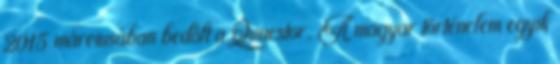
2015 márciusában bedőlt a Quaestor. A magyar történelem egyik